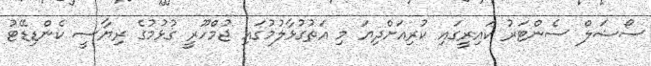
ސޯޝަލް ސެންޓަރު ކައިރީގައި ކުރިއަށްދިޔަ މި އަތުގުޅާލުމުގައި ޖުމްހޫރީ ގުޅުމުގެ ރިޔާސީ ކެންޑިޑޭޓު